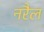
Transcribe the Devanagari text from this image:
नरैल